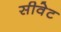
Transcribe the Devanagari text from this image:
सीवेट